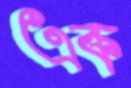
এক